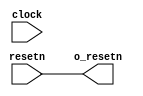
// (C) 1992-2018 Intel Corporation.                            
// Intel, the Intel logo, Intel, MegaCore, NIOS II, Quartus and TalkBack words    
// and logos are trademarks of Intel Corporation or its subsidiaries in the U.S.  
// and/or other countries. Other marks and brands may be claimed as the property  
// of others. See Trademarks on intel.com for full list of Intel trademarks or    
// the Trademarks & Brands Names Database (if Intel) or See www.Intel.com/legal (if Altera) 
// Your use of Intel Corporation's design tools, logic functions and other        
// software and tools, and its AMPP partner logic functions, and any output       
// files any of the foregoing (including device programming or simulation         
// files), and any associated documentation or information are expressly subject  
// to the terms and conditions of the Altera Program License Subscription         
// Agreement, Intel MegaCore Function License Agreement, or other applicable      
// license agreement, including, without limitation, that your use is for the     
// sole purpose of programming logic devices manufactured by Intel and sold by    
// Intel or its authorized distributors.  Please refer to the applicable          
// agreement for further details.                                                 


// Used to provide a reset output to drive logic

module acl_reset_wire(
  input clock,
  input resetn,

  output o_resetn
  );

  assign o_resetn = resetn;

endmodule

// vim:set filetype=verilog: